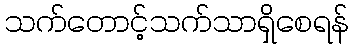
သက်တောင့်သက်သာရှိစေရန်